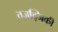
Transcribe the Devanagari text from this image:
तज़द्जिकी